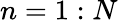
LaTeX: n=1:N